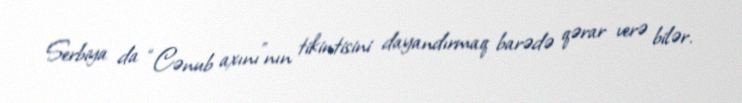
Serbiya da “Cənub axını”nın tikintisini dayandırmaq barədə qərar verə bilər.